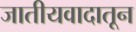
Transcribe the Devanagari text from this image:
जातीयवादातून